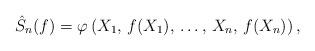
LaTeX: \begin{align*} \hat{S}_n(f) = \varphi \left( X_1,\, f(X_1),\, \hdots,\, X_n,\, f(X_n) \right),\end{align*}